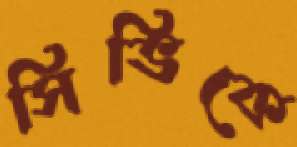
সিভিকে